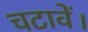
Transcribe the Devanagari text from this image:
चटावें।